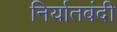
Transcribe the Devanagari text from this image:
निर्यातबंदी